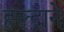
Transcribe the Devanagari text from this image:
हल्दाने